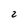
Character: 2